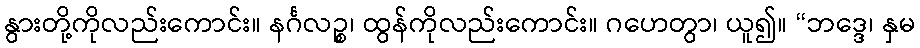
နွားတို့ကိုလည်းကောင်း။ နင်္ဂလဉ္စ၊ ထွန်ကိုလည်းကောင်း။ ဂဟေတွာ၊ ယူ၍။ “ဘဒ္ဒေ၊ နှမ